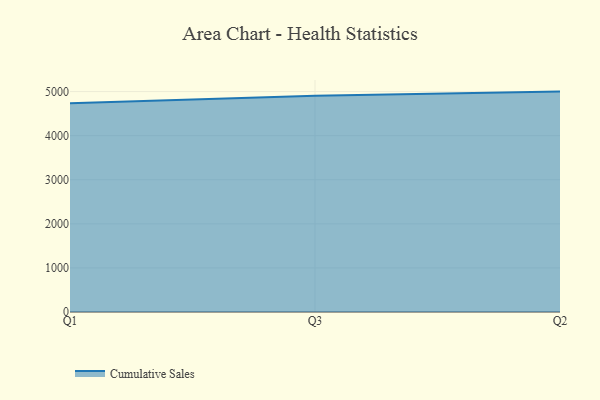
{"axis": {"x": "Quarter", "y": "Budget (USD K)"}, "legend": ["Cumulative Sales"], "data": [{"x": "Q1", "y": 4733.9, "type": "Cumulative Sales"}, {"x": "Q3", "y": 4905.7, "type": "Cumulative Sales"}, {"x": "Q2", "y": 5000, "type": "Cumulative Sales"}]}